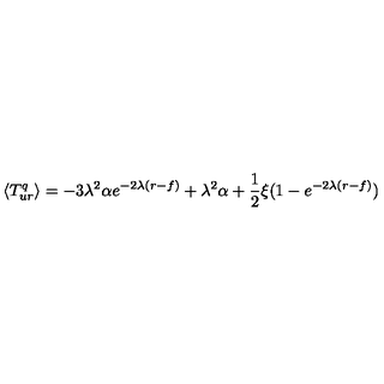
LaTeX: \langle { T _ { u r } ^ { q } } \rangle = - 3 \lambda ^ { 2 } \alpha e ^ { - 2 \lambda ( r - f ) } + \lambda ^ { 2 } \alpha + \frac 1 2 \xi ( 1 - e ^ { - 2 \lambda ( r - f ) } )